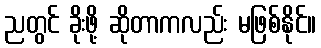
ညတွင် ခိုးဖို့ ဆိုတာကလည်း မဖြစ်နိုင်။